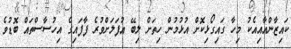
ކައިޒާންއާއިއެކު މިހާ ގައިގޯޅިކޮށް އުޅުމުން ހިތަށް ލިބޭ އުފަލަށްވުރެ ފާފައިގެ އިހުސާސްތައް ބޮޑުވެ